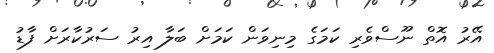
އޭރު އޮތް ނޫސްވެރި ކަމަގެ މިނިވަން ކަމަށް ބަލާ އިރު ސަރުކާރަށް ފާޑު